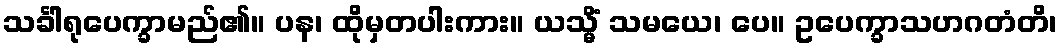
သင်္ခါရုပေက္ခာမည်၏။ ပန၊ ထိုမှတပါးကား။ ယသ္မိံ သမယေ၊ ပေ။ ဥပေက္ခာသဟဂတံတိ၊